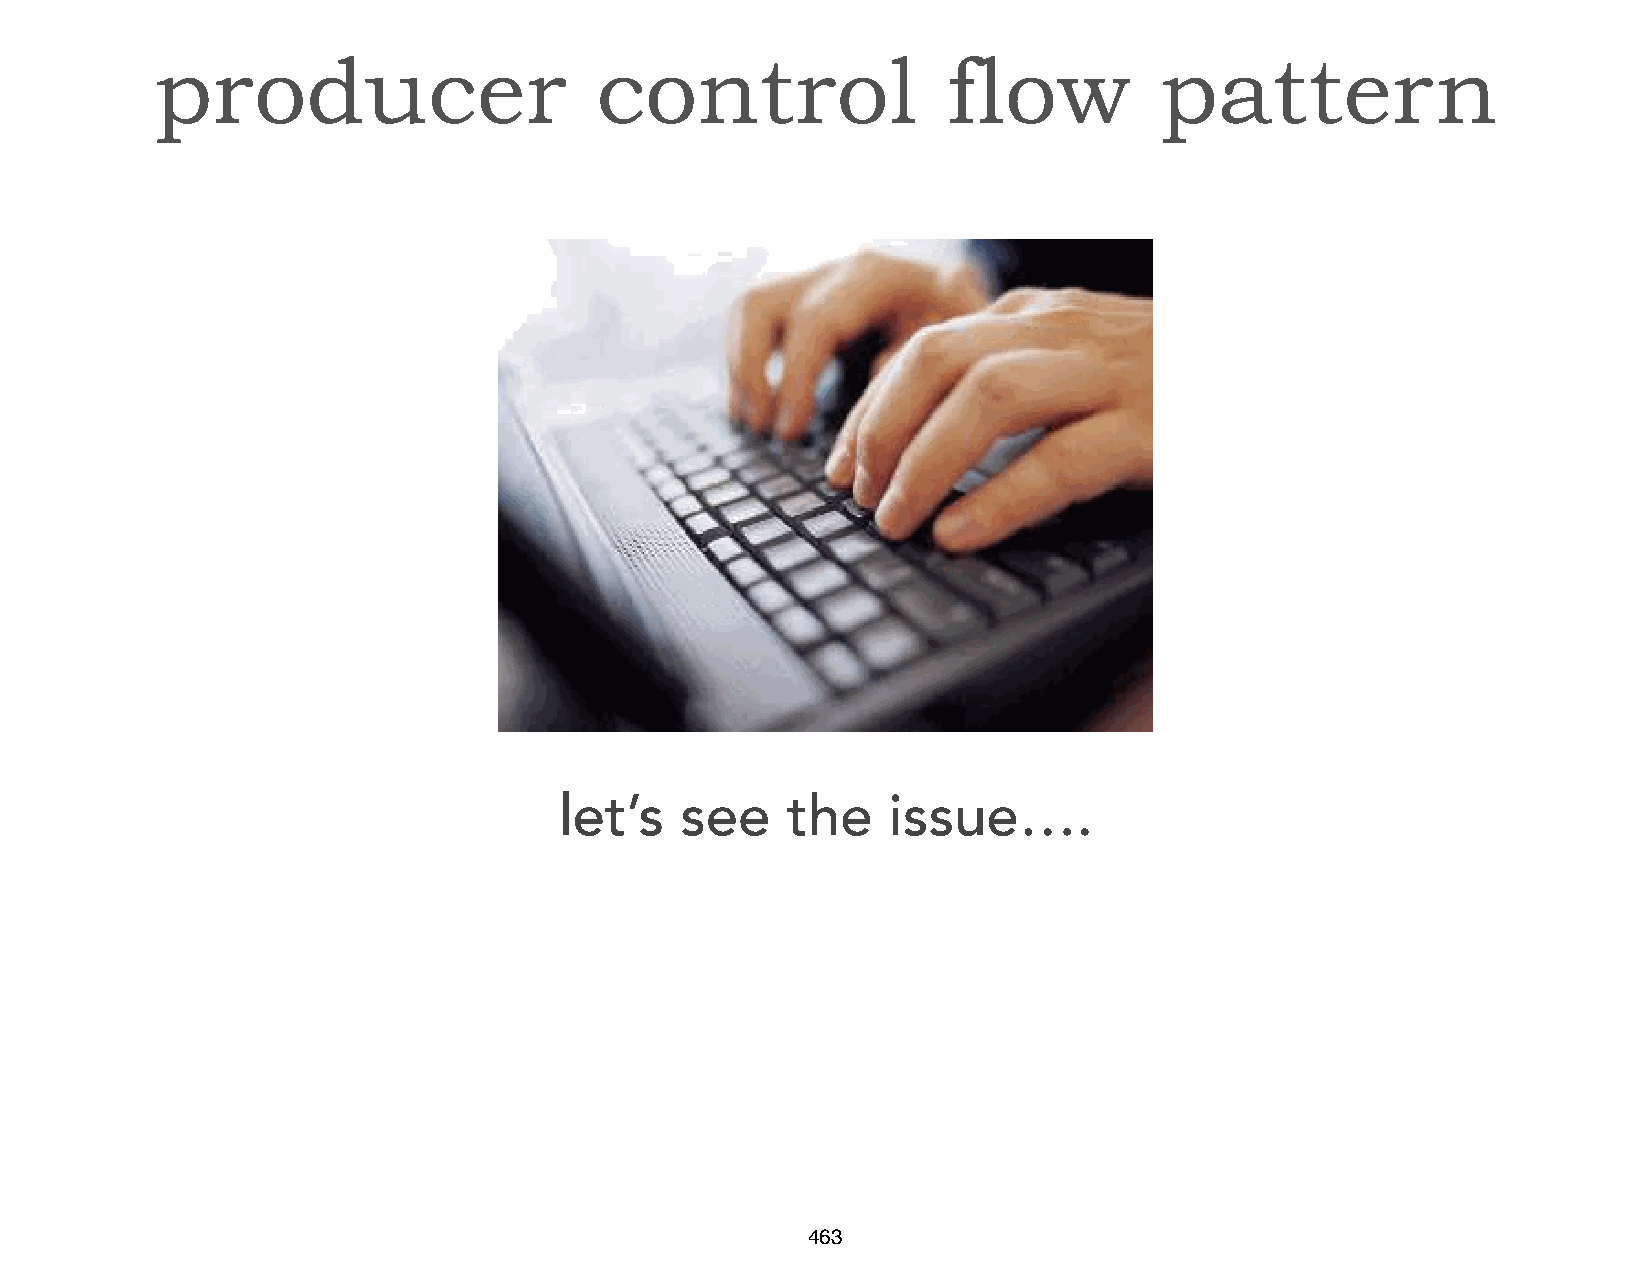
producer                     control                 flow          pattern
 let’s   see    the    issue….
 463